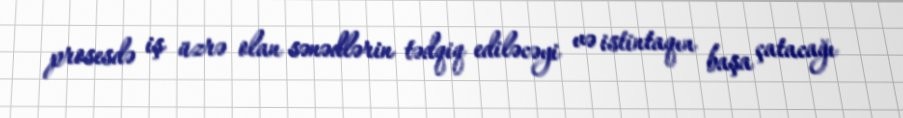
prosesdə iş üzrə olan sənədlərin tədqiq ediləcəyi və istintaqın başa çatacağı